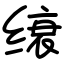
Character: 缞